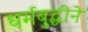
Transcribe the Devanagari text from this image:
धर्मबुद्धीने